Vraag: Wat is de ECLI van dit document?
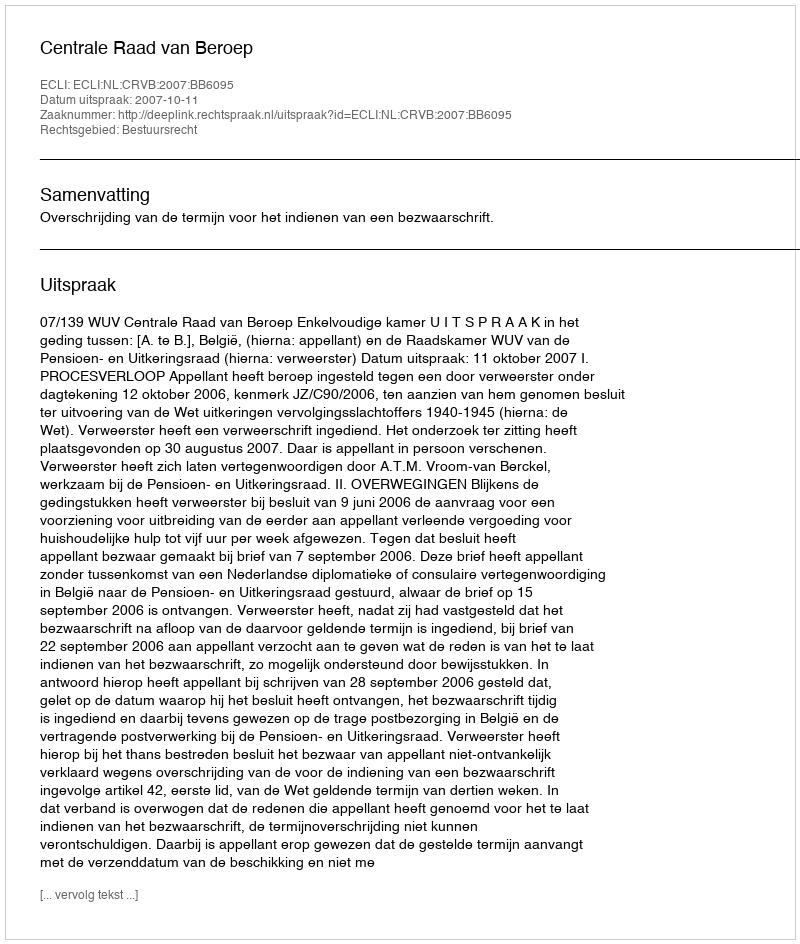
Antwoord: ECLI:NL:CRVB:2007:BB6095